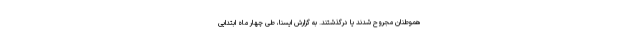
هموطنان مجروح شدند یا درگذشتند. به گزارش ایسنا، طی چهار ماه ابتدایی